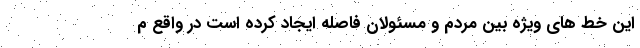
این خط های ویژه بین مردم و مسئولان فاصله ایجاد کرده است در واقع م